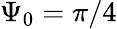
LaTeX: \Psi_{0}=\pi/4